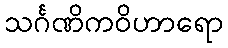
သင်္ဂဏိကဝိဟာရော